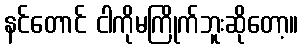
နင်တောင် ငါကိုမကြိုက်ဘူးဆိုတော့။